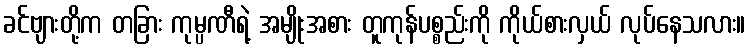
ခင်ဗျားတို့က တခြား ကုမ္ပဏီရဲ့ အမျိုးအစား တူကုန်ပစ္စည်းကို ကိုယ်စားလှယ် လုပ်နေသလား။